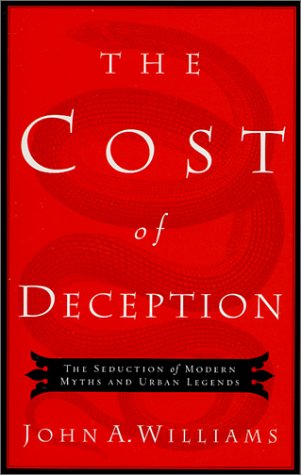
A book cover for The Cost of Deception: The Seduction of Modern Myths and Urban Legends; John A. Williams; Humor & Entertainment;